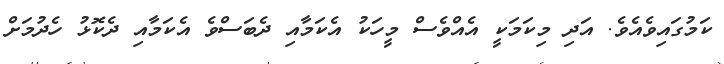
ކަމުގައިވެއެވެ. އަދި މިކަމަކީ އެއްވެސް މީހަކު އެކަމާއި ދެބަސްވެ އެކަމާއި ދެކޮޅު ހެދުމަށް